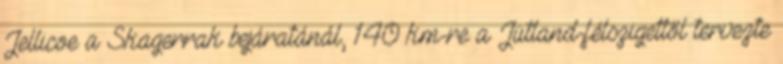
Jellicoe a Skagerrak bejáratánál, 140 km-re a Jütland-félszigettől tervezte